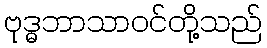
ဗုဒ္ဓဘာသာဝင်တို့သည်